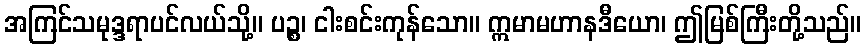
အကြင်သမုဒ္ဒရာပင်လယ်သို့။ ပဉ္စ၊ ငါးစင်းကုန်သော။ ဣမာမဟာနဒီယော၊ ဤမြစ်ကြီးတို့သည်။